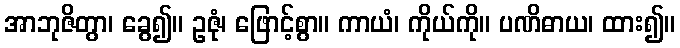
အာဘုဇိတွာ၊ ခွေ၍။ ဥဇုံ၊ ဖြောင့်စွာ။ ကာယံ၊ ကိုယ်ကို။ ပဏိဓာယ၊ ထား၍။